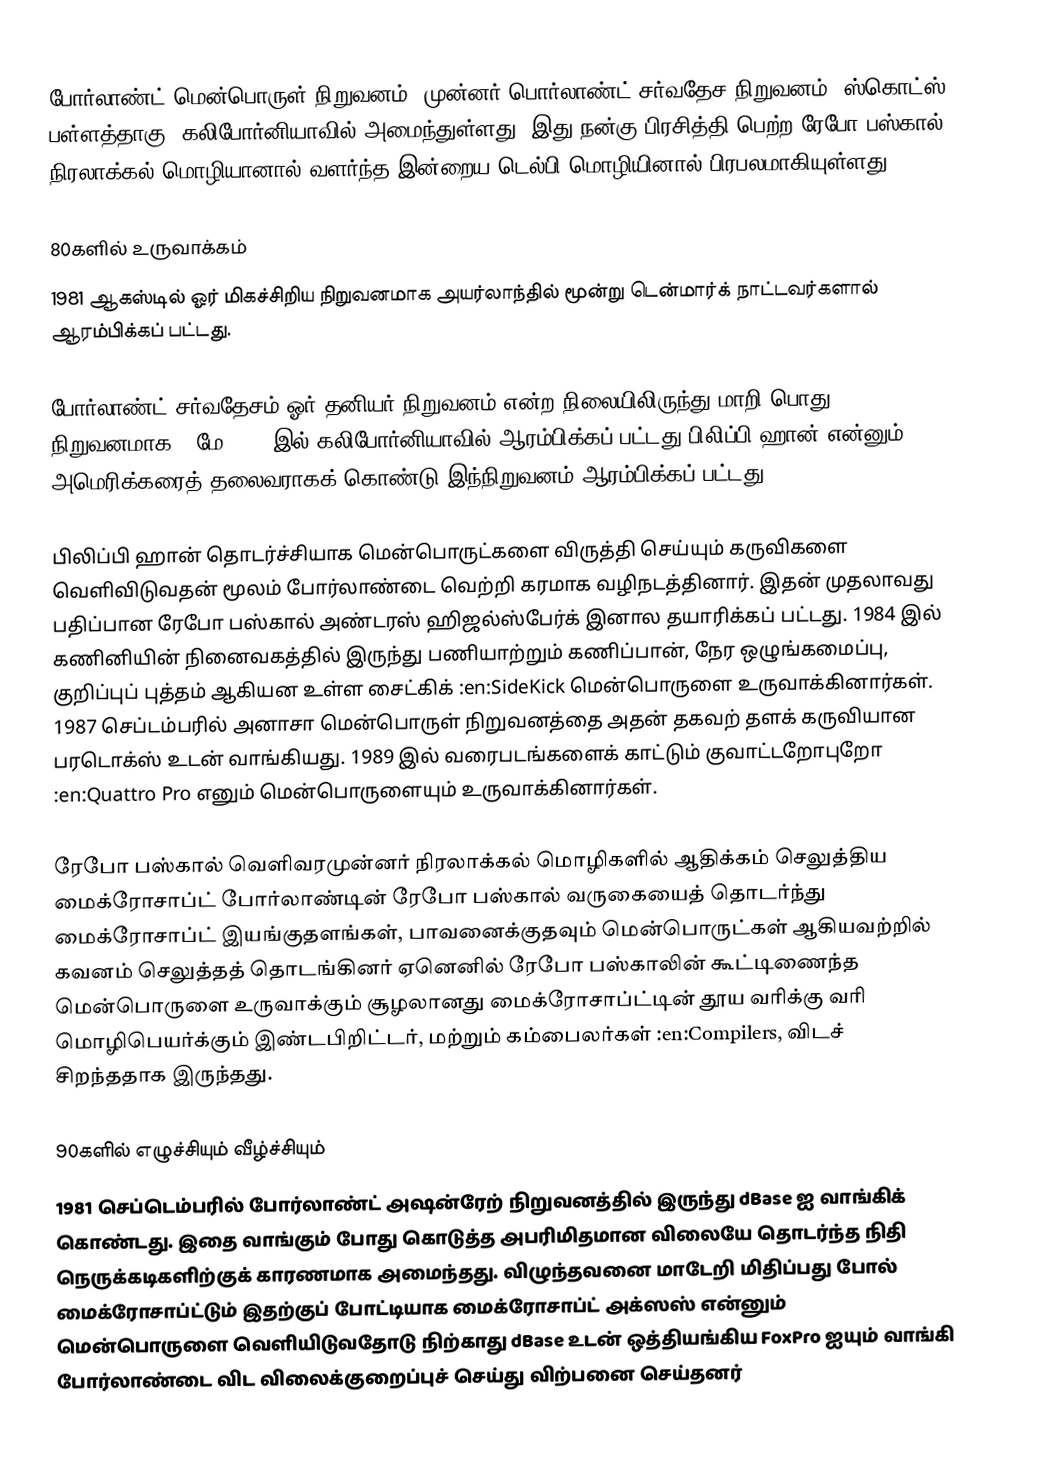
போர்லாண்ட் மென்பொருள் நிறுவனம் (முன்னர் பொர்லாண்ட் சர்வதேச நிறுவனம்) ஸ்கொட்ஸ் பள்ளத்தாகு, கலிபோர்னியாவில் அமைந்துள்ளது. இது நன்கு பிரசித்தி பெற்ற ரேபோ பஸ்கால் நிரலாக்கல் மொழியானால் வளர்ந்த இன்றைய டெல்பி மொழியினால் பிரபலமாகியுள்ளது.

80களில் உருவாக்கம்
1981 ஆகஸ்டில் ஓர் மிகச்சிறிய நிறுவனமாக அயர்லாந்தில் மூன்று டென்மார்க் நாட்டவர்களால் ஆரம்பிக்கப் பட்டது.

போர்லாண்ட் சர்வதேசம் ஓர் தனியர் நிறுவனம் என்ற நிலையிலிருந்து மாறி பொது நிறுவனமாக 2 மே 1983 இல் கலிபோர்னியாவில் ஆரம்பிக்கப் பட்டது.பிலிப்பி ஹான் என்னும் அமெரிக்கரைத் தலைவராகக் கொண்டு இந்நிறுவனம் ஆரம்பிக்கப் பட்டது.

பிலிப்பி ஹான் தொடர்ச்சியாக மென்பொருட்களை விருத்தி செய்யும் கருவிகளை வெளிவிடுவதன் மூலம் போர்லாண்டை வெற்றி கரமாக வழிநடத்தினார். இதன் முதலாவது பதிப்பான ரேபோ பஸ்கால் அண்டரஸ் ஹிஜல்ஸ்பேர்க் இனால தயாரிக்கப் பட்டது. 1984 இல் கணினியின் நினைவகத்தில் இருந்து பணியாற்றும் கணிப்பான், நேர ஒழுங்கமைப்பு, குறிப்புப் புத்தம் ஆகியன உள்ள சைட்கிக் :en:SideKick மென்பொருளை உருவாக்கினார்கள். 1987 செப்டம்பரில் அனாசா மென்பொருள் நிறுவனத்தை அதன் தகவற் தளக் கருவியான பரடொக்ஸ் உடன் வாங்கியது. 1989 இல் வரைபடங்களைக் காட்டும் குவாட்டறோபுறோ :en:Quattro Pro எனும் மென்பொருளையும் உருவாக்கினார்கள்.

ரேபோ பஸ்கால் வெளிவரமுன்னர் நிரலாக்கல் மொழிகளில் ஆதிக்கம் செலுத்திய மைக்ரோசாப்ட் போர்லாண்டின் ரேபோ பஸ்கால் வருகையைத் தொடர்ந்து மைக்ரோசாப்ட் இயங்குதளங்கள், பாவனைக்குதவும் மென்பொருட்கள் ஆகியவற்றில் கவனம் செலுத்தத் தொடங்கினர் ஏனெனில் ரேபோ பஸ்காலின் கூட்டிணைந்த மென்பொருளை உருவாக்கும் சூழலானது மைக்ரோசாப்ட்டின் தூய வரிக்கு வரி மொழிபெயர்க்கும் இண்டபிறிட்டர், மற்றும் கம்பைலர்கள் :en:Compilers, விடச் சிறந்ததாக இருந்தது.

90களில் எழுச்சியும் வீழ்ச்சியும்
1981 செப்டெம்பரில் போர்லாண்ட் அஷன்ரேற் நிறுவனத்தில் இருந்து dBase ஐ வாங்கிக் கொண்டது. இதை வாங்கும் போது கொடுத்த அபரிமிதமான விலையே தொடர்ந்த நிதி நெருக்கடிகளிற்குக் காரணமாக அமைந்தது.  விழுந்தவனை மாடேறி மிதிப்பது போல் மைக்ரோசாப்ட்டும் இதற்குப் போட்டியாக மைக்ரோசாப்ட் அக்ஸஸ் என்னும் மென்பொருளை வெளியிடுவதோடு நிற்காது dBase உடன் ஒத்தியங்கிய FoxPro ஐயும் வாங்கி போர்லாண்டை விட விலைக்குறைப்புச் செய்து விற்பனை செய்தனர்